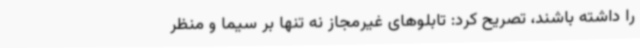
را داشته باشند، تصریح کرد: تابلوهای غیرمجاز نه تنها بر سیما و منظر